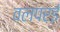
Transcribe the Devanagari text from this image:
वलपरई